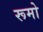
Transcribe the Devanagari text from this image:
रूमो